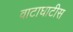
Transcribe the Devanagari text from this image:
वाटाघाटीस